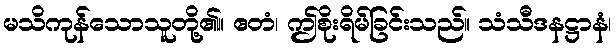
မသိကုန်သောသူတို့၏။ ဧတံ၊ ဤစိုးရိမ်ခြင်းသည်။ သံသီဒနဋ္ဌာနံ၊